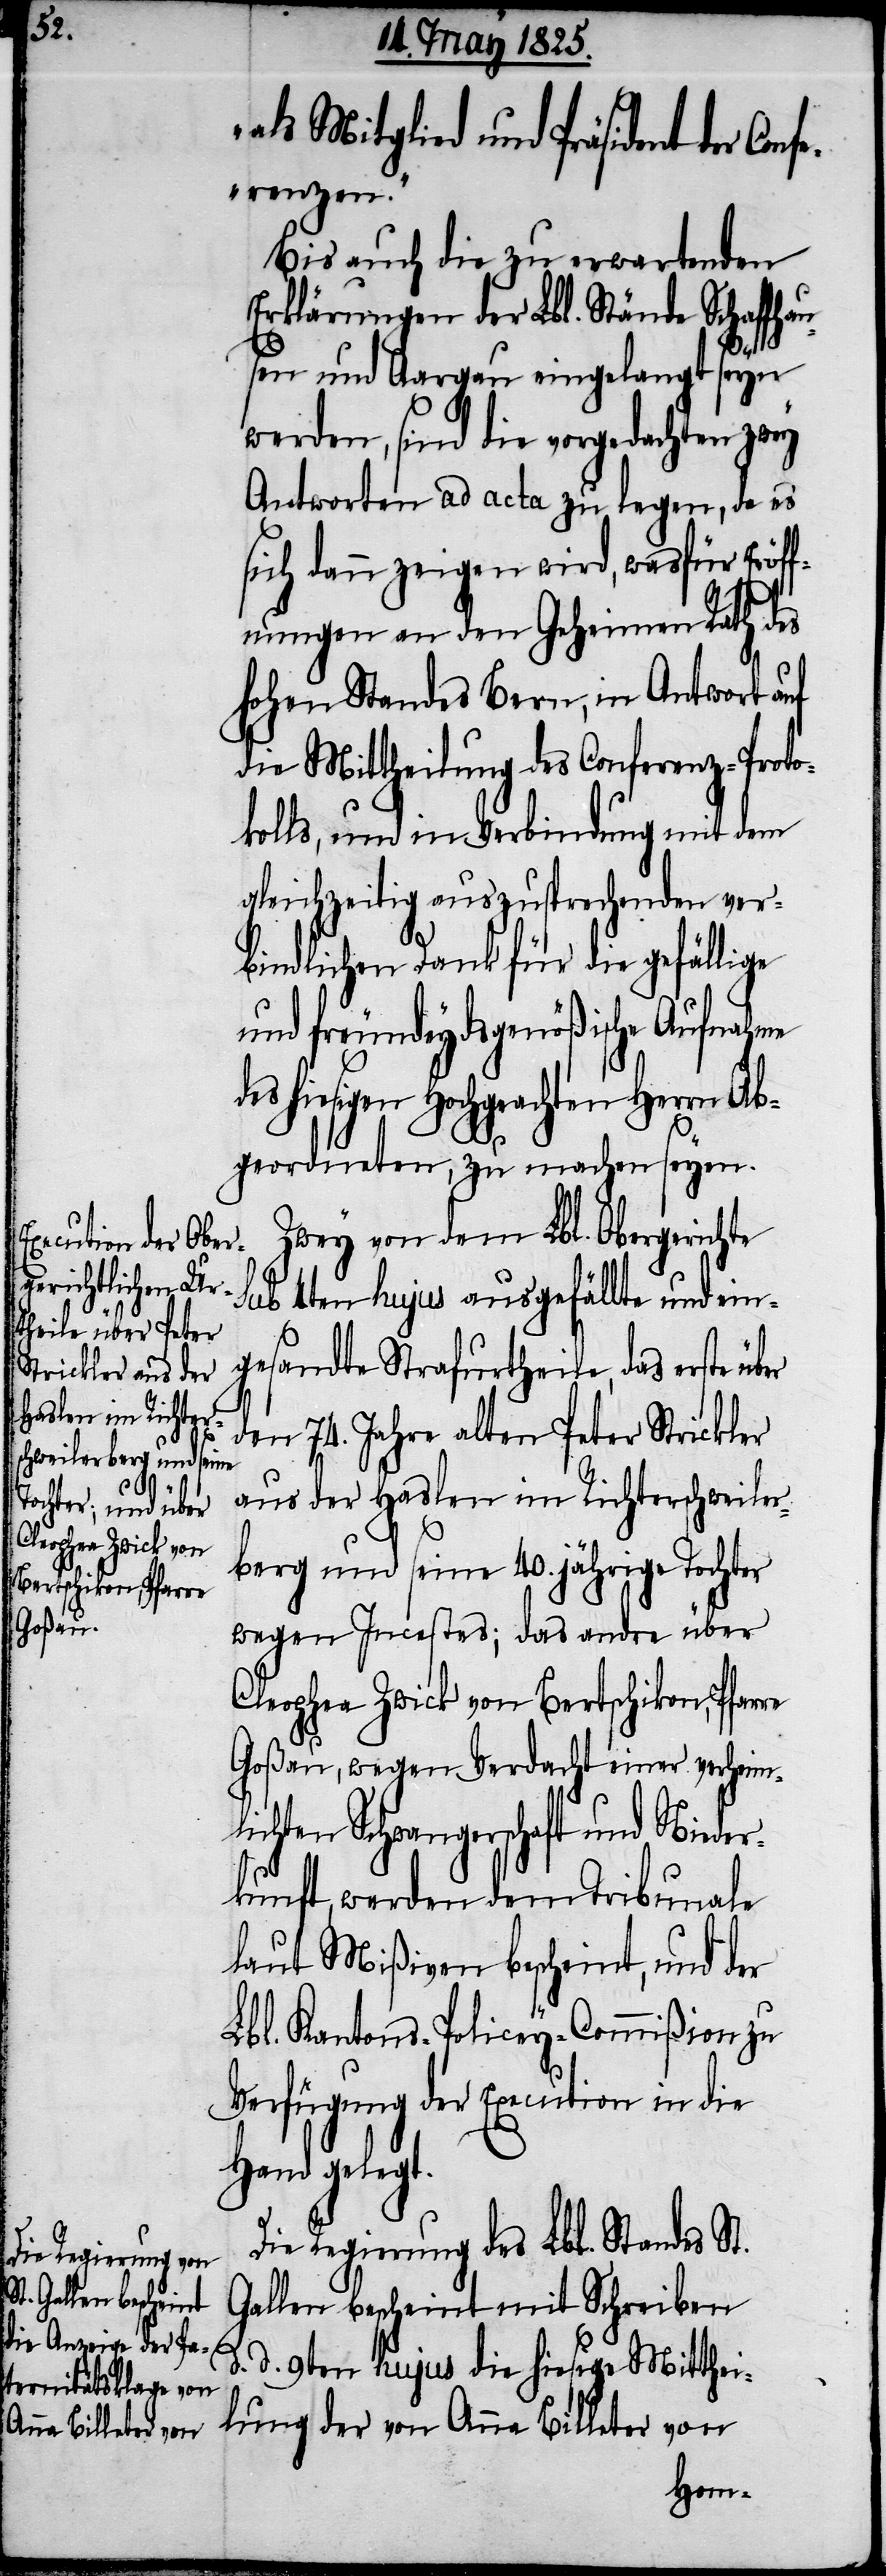
Cleophea Zwick von
Bertschikon, Pfarre

als Mitglied und Präsident der Con¬
ferenzen.“
Bis auch die zu erwartenden
Erklärungen der Lbl. Stände Schaffhau¬
lichten
sen und Aargau eingelangt seyn
werden, sind die vorgedachten zwey
Antworten ad acta zu legen, da es
sich dann zeigen wird, was für Eröff¬
nungen an den Geheimen Rath des
hohen Standes Bern, in Antwort auf
die Mittheilung des Conferenz-Proto¬
kolls, und in Verbindung mit dem
gleichzeitig auszusprechenden ver¬
bindlichen Dank für die gefällige
und freundeydsgenößische Aufnahme
hiesigen Hochgeachten Herrn Ab¬
geordneten, zu machen seyen.
Zwey von dem Lbl. Obergerichte
sub 4ten hujus ausgefällte und ein¬
gesandte Strafurtheile, das erste
den 74. Jahre alten Peter Strickler
aus der Haslen im Richterschweiler¬
berg und seine 40. jährige Tochter
wegen Incestes; das andre über
Goßau, wegen Verdacht einer verheim¬
Schwangerschaft und Niede¬
rkunft, werden dem Tribunale
laut Mißiven bescheint, und der
Lbl. Kantons-Policey-Commißion zu
Verfügung der Execution in die
Hand gelegt.
Die Regierung des Lbl. Standes St.
Gallen bescheint mit Schreiben
d. d. 9ten hujus die hiesige Mitthei¬
lung der von Anna Billeter von